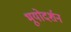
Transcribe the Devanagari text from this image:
भूयोदर्शन